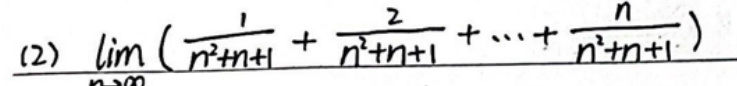
(2) $\lim\limits_{n \to \infty}(\frac{1}{n^{2}+n + 1}+\frac{2}{n^{2}+n + 1}+\cdots+\frac{n}{n^{2}+n + 1})$